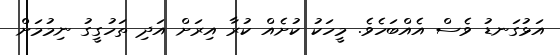
އަޅުގަނޑު ވެސް އެއްބަހެވެ. މީހަކު ކުށެއް ކުރާ އިރަށް އަދި ތަހުގީގު ނިމުމަށް